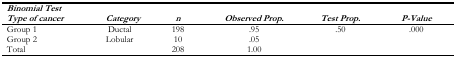
<table><thead><tr><td><b><i>Binomial Test Type of cancer</i></b></td><td><b><i>Category</i></b></td><td><b><i>n</i></b></td><td><b><i>Observed Prop.</i></b></td><td><b><i>Test Prop.</i></b></td><td><b><i>P-Value</i></b></td></tr></thead><tbody><tr><td>Group 1</td><td>Ductal</td><td>198</td><td>.95</td><td>.50</td><td>.000</td></tr><tr><td>Group 2</td><td>Lobular</td><td>10</td><td>.05</td><td></td><td></td></tr><tr><td>Total</td><td></td><td>208</td><td>1.00</td><td></td><td></td></tr></tbody></table>